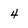
Character: 4